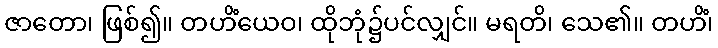
ဇာတော၊ ဖြစ်၍။ တဟိံယေဝ၊ ထိုဘုံ၌ပင်လျှင်။ မရတိ၊ သေ၏။ တဟိံ၊